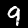
Digit: 9